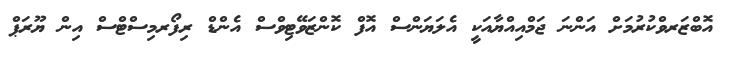
އޮބްޒަރވްކުރުމަށް އަންނަ ޖަމްއިއްޔާއަކީ އެލަޔަންސް އޮފް ކޮންޒަވޭޓިވްސް އެންޑް ރިފޯރމިސްޓްސް އިން ޔޫރަޕް